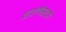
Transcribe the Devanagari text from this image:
एलैस्टो